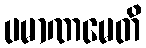
ပမာဏမေတိ